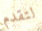
لتقدم